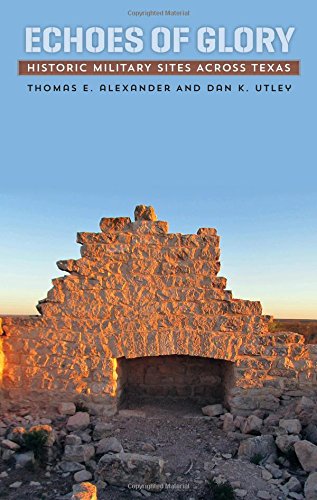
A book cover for Echoes of Glory: Historic Military Sites across Texas; Thomas E. Alexander; Travel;